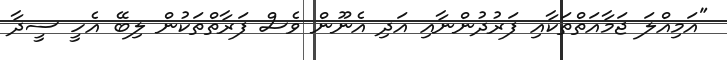
"އަމިއްލަ ޖަމާއަތްތަކާއި ފަރުދުންނާއި އަދި އެނޫން ވެސް ފަރާތްތަކުން ލިބޭ އެހީ ސީދާ